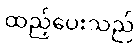
ထည့်ပေးသည်